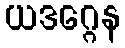
ယဒဂ္ဂေန